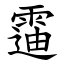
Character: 䨤